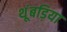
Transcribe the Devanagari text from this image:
थूंबड़िया